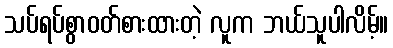
သပ်ရပ်စွာဝတ်စားထားတဲ့ လူက ဘယ်သူပါလိမ့်။